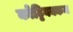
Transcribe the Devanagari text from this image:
कोट्टिवक्कम